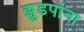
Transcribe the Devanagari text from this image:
झुडपांना